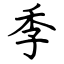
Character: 季